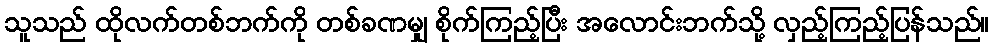
သူသည် ထိုလက်တစ်ဘက်ကို တစ်ခဏမျှ စိုက်ကြည့်ပြီး အလောင်းဘက်သို့ လှည့်ကြည့်ပြန်သည်။